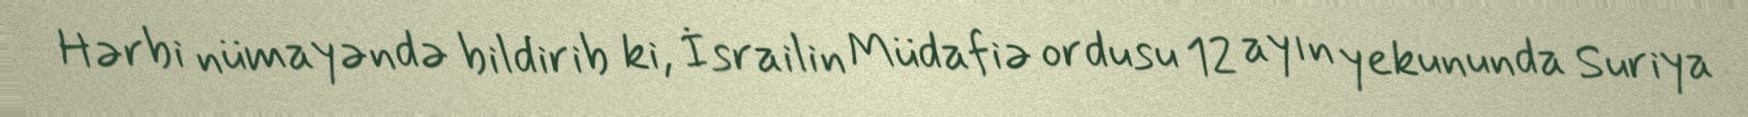
Hərbi nümayəndə bildirib ki, İsrailin Müdafiə ordusu 12 ayın yekununda Suriya